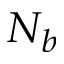
N _ { b }